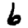
Digit: 6